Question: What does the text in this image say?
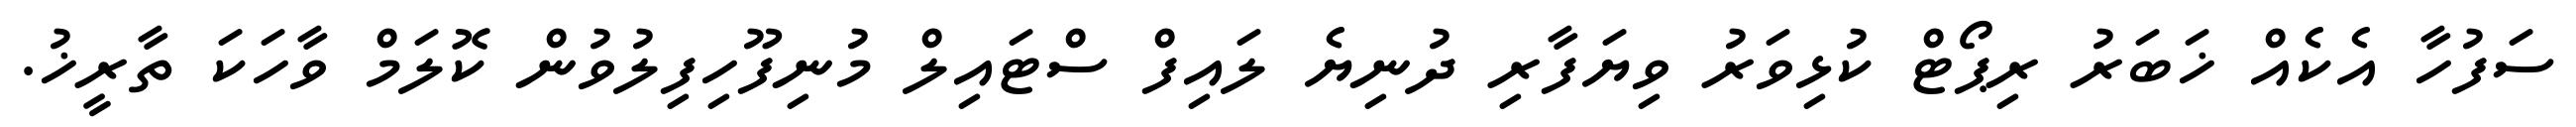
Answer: ސަފުހާ އެކެއް ޚަބަރު ރިޕޯޓް ކުޅިވަރު ވިޔަފާރި ދުނިޔެ ލައިފް ސްޓައިލް މުނިފޫހިފިލުވުން ކޮލަމް ވާހަކަ ތާރީޚު.